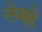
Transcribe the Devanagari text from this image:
लेम्प्ले